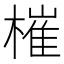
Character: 槯